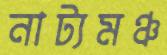
নাট্যমঞ্চ